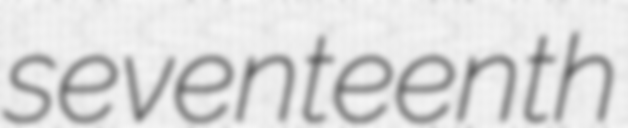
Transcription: seventeenth